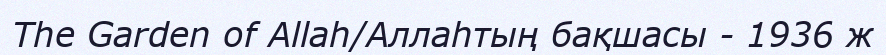
The Garden of Allah/Аллаһтың бақшасы - 1936 ж